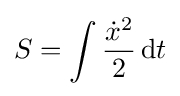
S=\int {\frac {{\dot {x}}^{2}}{2}}\,\mathrm {d} t